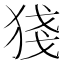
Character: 㹽